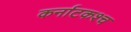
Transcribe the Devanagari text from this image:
कर्नाटकश्च